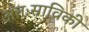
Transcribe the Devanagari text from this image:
अंतःस्राविकी